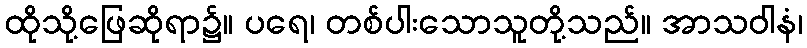
ထိုသို့ဖြေဆိုရာ၌။ ပရေ၊ တစ်ပါးသောသူတို့သည်။ အာသဝါနံ၊